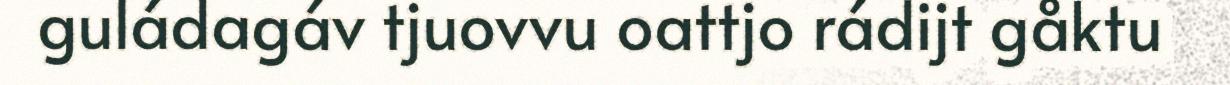
guládagáv tjuovvu oattjo rádijt gåktu